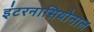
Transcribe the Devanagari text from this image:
इंटरनासियोनाल